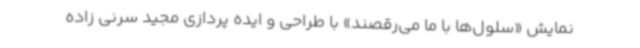
نمایش «سلول‌ها با ما می‌رقصند» با طراحی و ایده پردازی مجید سرنی زاده